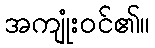
အကျုံးဝင်၏။